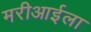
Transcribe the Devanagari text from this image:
मरीआईला